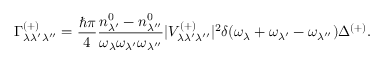
\Gamma _ { \lambda \lambda ^ { \prime } \lambda ^ { \prime \prime } } ^ { ( + ) } = \frac { \hbar \pi } { 4 } \frac { n _ { \lambda ^ { \prime } } ^ { 0 } - n _ { \lambda ^ { \prime \prime } } ^ { 0 } } { \omega _ { \lambda } \omega _ { \lambda ^ { \prime } } \omega _ { \lambda ^ { \prime \prime } } } \vert V _ { \lambda \lambda ^ { \prime } \lambda ^ { \prime \prime } } ^ { ( + ) } \vert ^ { 2 } \delta ( \omega _ { \lambda } + \omega _ { \lambda ^ { \prime } } - \omega _ { \lambda ^ { \prime \prime } } ) \Delta ^ { ( + ) } .